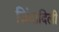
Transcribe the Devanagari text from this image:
ज़िंदादिली